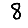
Digit: 8